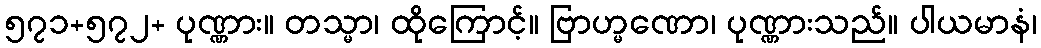
၅၇၁+၅၇၂+ ပုဏ္ဏား။ တသ္မာ၊ ထိုကြောင့်။ ဗြာဟ္မဏော၊ ပုဏ္ဏားသည်။ ပါယမာနံ၊